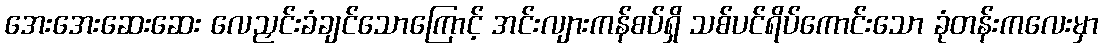
အေးအေးဆေးဆေး လေညှင်းခံချင်သောကြောင့် အင်းလျားကန်စပ်ရှိ သစ်ပင်ရိပ်ကောင်းသော ခုံတန်းကလေးမှာ